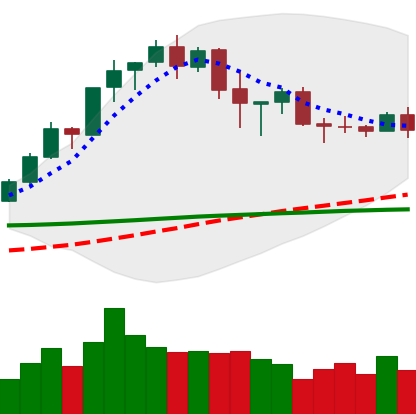
Ticker: BNB-USD
Chart end date: 2020-02-24
Forward return: -11.16%
Label: down_7plus